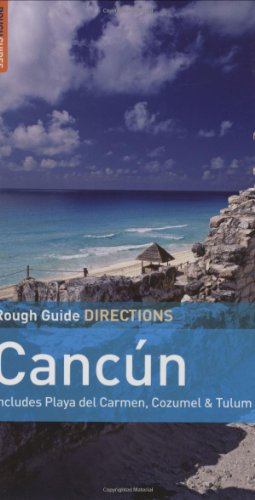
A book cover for Rough Guide Directions Cancun & Cozumel; Zora O'Neill; Travel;